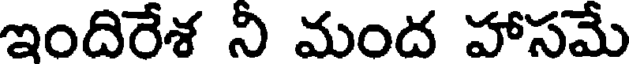
ఇందిరేశ నీ మంద హాసమే